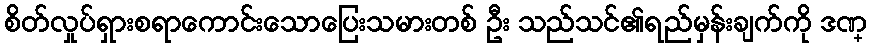
စိတ်လှုပ်ရှားစရာကောင်းသောပြေးသမားတစ် ဦး သည်သင်၏ရည်မှန်းချက်ကို ဒဏ္